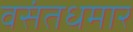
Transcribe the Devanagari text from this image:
वसंतधमार